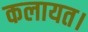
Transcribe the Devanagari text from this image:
कलायत।